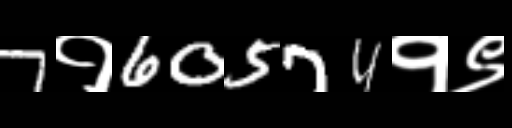
Text: 7१60574१९